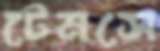
টেমসে